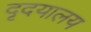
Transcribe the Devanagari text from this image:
दृदयालय